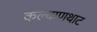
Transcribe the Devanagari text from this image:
कल्याणथाट